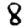
Digit: 8